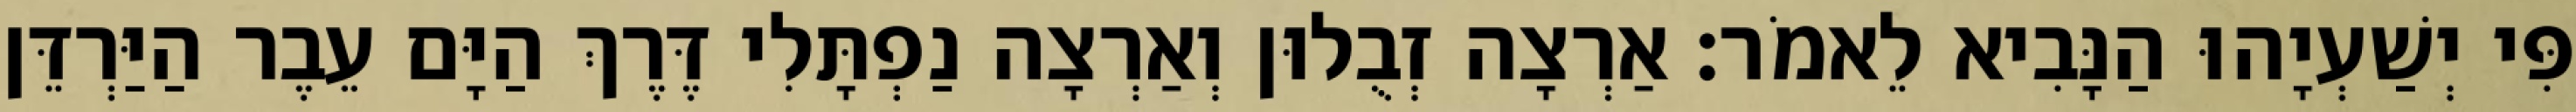
פִּי יְשַׁעְיָהוּ הַנָּבִיא לֵאמֹר׃ אַרְצָה זְבֻלוּן וְאַרְצָה נַפְתָּלִי דֶּרֶךְ הַיָּם עֵבֶר הַיַּרְדֵּן